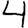
Digit: 4